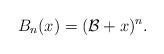
LaTeX: \begin{align*}B_{n}(x) = ( \mathcal{B} + x)^{n}.\end{align*}